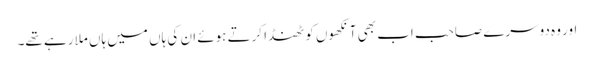
اور وہ دوسرے صاحب اب بھی آنکھوں کو ٹھنڈا کرتے ہوئے ان کی ہاں میں ہاں ملا رہے تھے۔